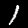
Digit: 1